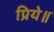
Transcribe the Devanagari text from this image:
प्रिये॥